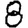
Digit: 8